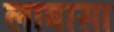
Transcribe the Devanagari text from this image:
लाबासा